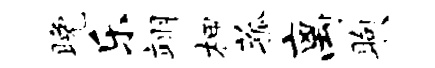
晚乐翊柙菰离煦